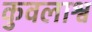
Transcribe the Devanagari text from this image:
कुवलाश्व